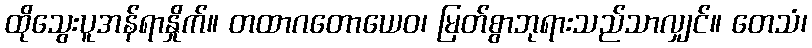
ထိုသွေးပူအန်ရာနှိုက်။ တထာဂတောယေဝ၊ မြတ်စွာဘုရားသည်သာလျှင်။ တေသံ၊